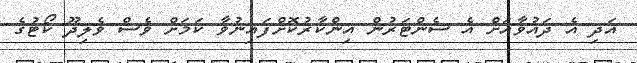
އަދި އެ ދައުވާއަށް އެ ސެންޓަރުން އިންކާރުކޮށްފައިނުވާ ކަމަށް ވެސް ވެލިދޫ ކޯޓުގެ